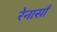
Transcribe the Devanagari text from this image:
रेनासाँ